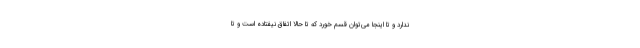
ندارد و تا اینجا می‌توان قسم خورد که تا حالا اتفاق نیفتاده است و تا